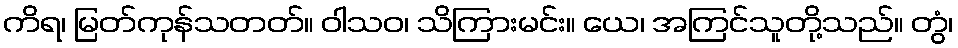
ကိရ၊ မြတ်ကုန်သတတ်။ ဝါသဝ၊ သိကြားမင်း။ ယေ၊ အကြင်သူတို့သည်။ တွံ၊